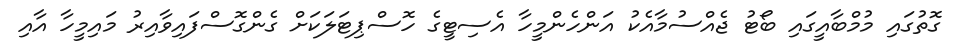
ގޮތުގައި މުމްބާއީގައި ބޯޓު ޖެއްސުމާއެކު އަންހެންމީހާ އެސިޓީގެ ހޮސްޕިޓަލަކަށް ގެންގޮސްފައިވާއިރު މައިމީހާ އާއި